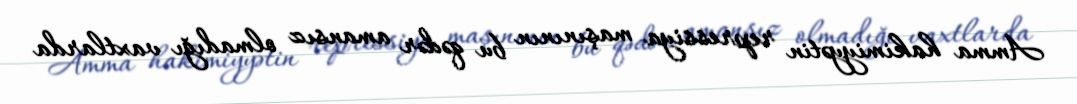
Amma hakimiyyətin repressiya maşınının bu qədər amansız olmadığı vaxtlarda